Source: Computer-generated
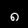
Digit: ၈ (8)